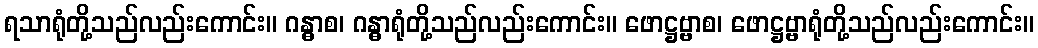
ရသာရုံတို့သည်လည်းကောင်း။ ဂန္ဓာစ၊ ဂန္ဓာရုံတို့သည်လည်းကောင်း။ ဖောဋ္ဌဗ္ဗာစ၊ ဖောဋ္ဌဗ္ဗာရုံတို့သည်လည်းကောင်း။